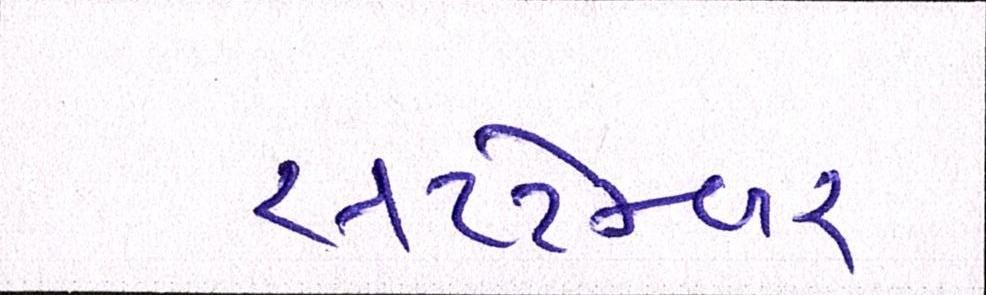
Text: સપ્ટેમ્બર